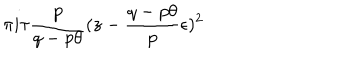
LaTeX: \pi i \tau \frac { p } { q - p \theta } ( z - \frac { q - p \theta } { p } \epsilon ) ^ { 2 }